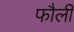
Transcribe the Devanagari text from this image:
फौली